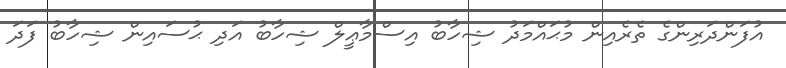
އުފަންދަރިންގެ ތެރެއިން މުޙައްމަދު ޝިހާބު އިސްމާޢީލް ޝިހާބު އަދި ޙުސައިން ޝިހާބު ފަދަ